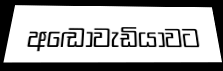
අඬෝවැඩියාවට